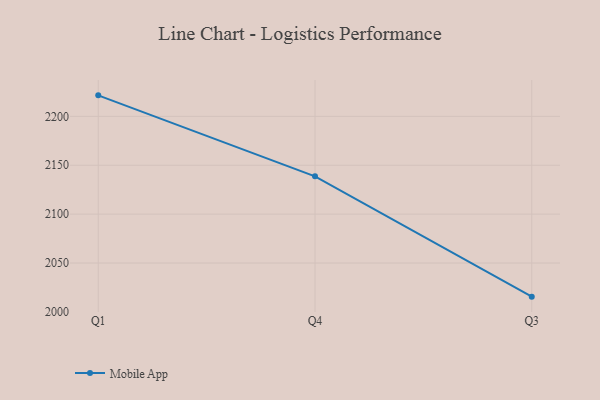
{"axis": {"x": "Quarter", "y": "Population (Million)"}, "legend": ["Mobile App"], "data": [{"x": "Q1", "y": 2221.5, "type": "Mobile App"}, {"x": "Q4", "y": 2138.7, "type": "Mobile App"}, {"x": "Q3", "y": 2015.6, "type": "Mobile App"}]}